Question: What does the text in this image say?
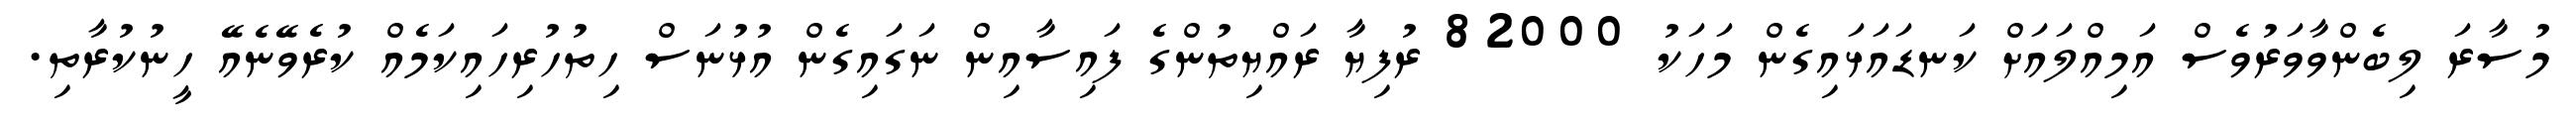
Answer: މުސާރަ ލިބެންވާވަރުވެސް އަމިއްލައަށް ކަނޑައަޅައިގެން މަހަކު 82000 ރުފިޔާ ރައްޔިތުންގެ ފައިސާއިން ނަގައިގެން އުޅުނަސް ހިތުހުރިހައިކަމެއް ކުރެވޭނެއޭ ހީނުކުރާތި.